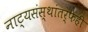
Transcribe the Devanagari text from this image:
नाट्यसंस्थांतर्फेही